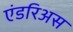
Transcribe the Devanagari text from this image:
एंडरिअस